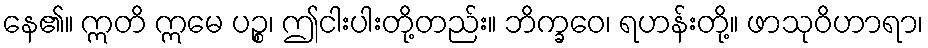
နေ၏။ ဣတိ ဣမေ ပဉ္စ၊ ဤငါးပါးတို့တည်း။ ဘိက္ခဝေ၊ ရဟန်းတို့။ ဖာသုဝိဟာရာ၊